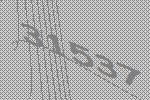
31537